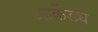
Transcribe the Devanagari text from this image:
आकेंड्य